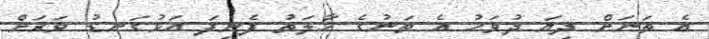
އެ ތަނަށް ދިޔަ ދުވަހު އެ ތަނުގެ ހާލަތު ފެނިފަ އަޅުގަނޑު ވަރަށް